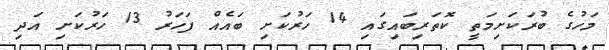
މަހުގެ ބުރަކަށިމަތީ ކޮތަރިބައިގައި 14 ހަރުކަށި ބައެއް ފަހަރު 13 ހަރުކަށި އަދި